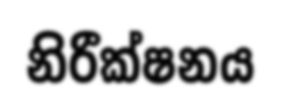
නිරීක්ෂනය